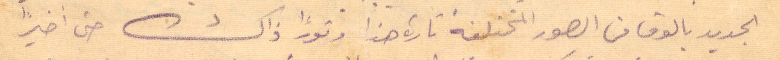
الجديد بالوف من الصور المختلفة تارة هذا وتورًا ذاك حتى اخيرًا